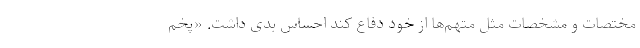
مختصات و مشخصات مثل متهم‌ها از خود دفاع کند احساس بدی داشت. «پَخم